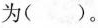
为( )。